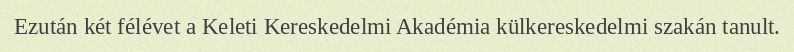
Ezután két félévet a Keleti Kereskedelmi Akadémia külkereskedelmi szakán tanult.